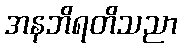
အနဘိရတိသညာ